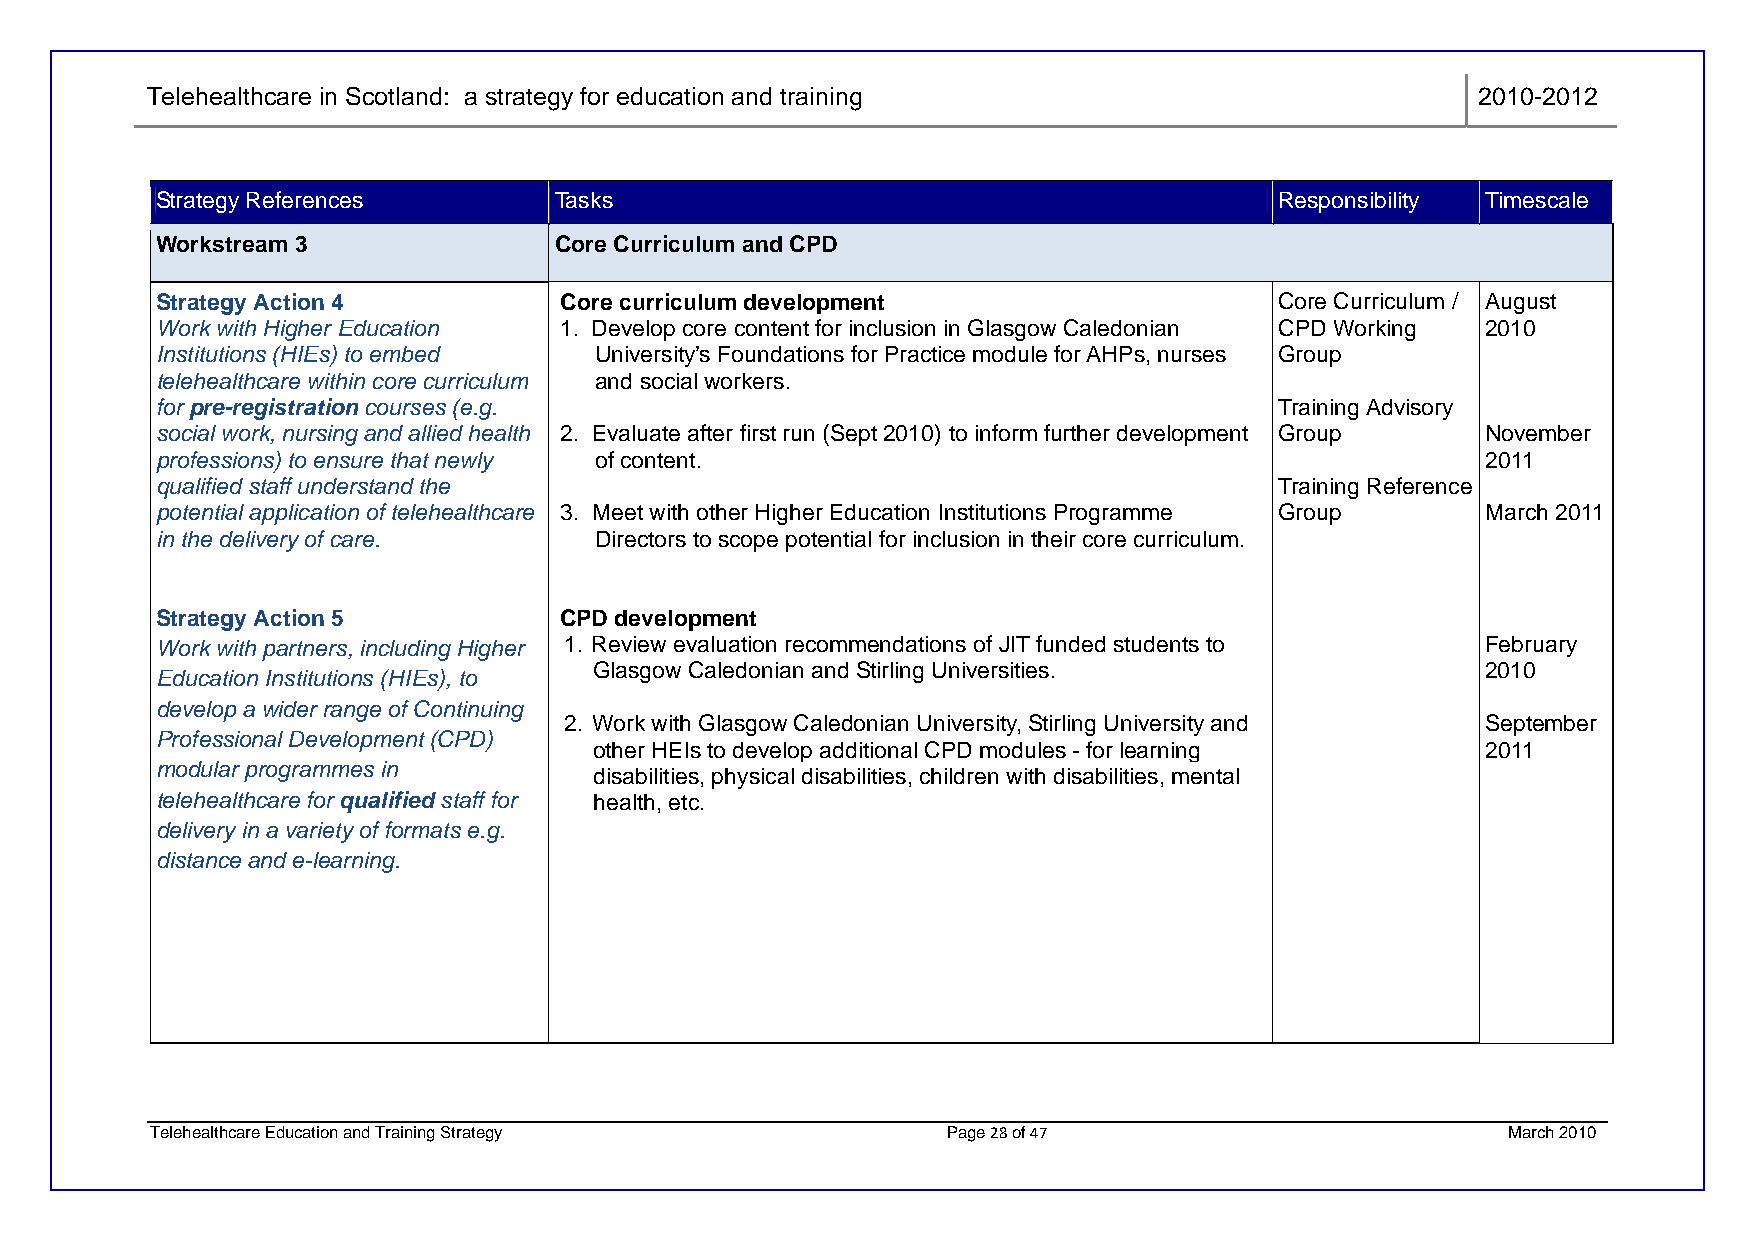
Telehealthcare in Scotland: a strategy for education and training                       2010-2012
 Strategy References        Tasks                                           Responsibility Timescale
 Workstream 3               Core Curriculum and CPD
 Strategy Action 4          Core curriculum development                     Core Curriculum / August
 Work with Higher Education 1. Develop core content for inclusion in Glasgow Caledonian CPD Working 2010
 Institutions (HIEs) to embed University’s Foundations for Practice module for AHPs, nurses Group
 telehealthcare within core curriculum and social workers.
 for pre-registration courses (e.g.                                         Training Advisory
 social work, nursing and allied health 2. Evaluate after first run (Sept 2010) to inform further development Group November
 professions) to ensure that newly of content.                                           2011
 qualified staff understand the                                             Training Reference
 potential application of telehealthcare 3. Meet with other Higher Education Institutions Programme Group March 2011
 in the delivery of care.     Directors to scope potential for inclusion in their core curriculum.
 Strategy Action 5          CPD development
 Work with partners, including Higher 1. Review evaluation recommendations of JIT funded students to February
 Glasgow Caledonian and Stirling Universities.              2010
 Education Institutions (HIEs), to
 develop a wider range of Continuing
 2. Work with Glasgow Caledonian University, Stirling University and September
 Professional Development (CPD)
 other HEIs to develop additional CPD modules - for learning 2011
 modular programmes in
 disabilities, physical disabilities, children with disabilities, mental
 telehealthcare for qualified staff for health, etc.
 delivery in a variety of formats e.g.
 distance and e-learning.
 Telehealthcare Education and Training Strategy       Page 28 of 47                        March 2010